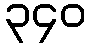
၃၄၀